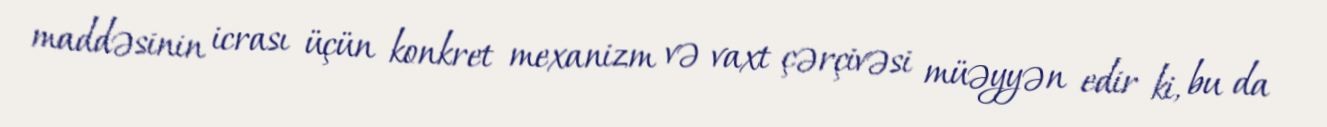
maddəsinin icrası üçün konkret mexanizm və vaxt çərçivəsi müəyyən edir ki, bu da